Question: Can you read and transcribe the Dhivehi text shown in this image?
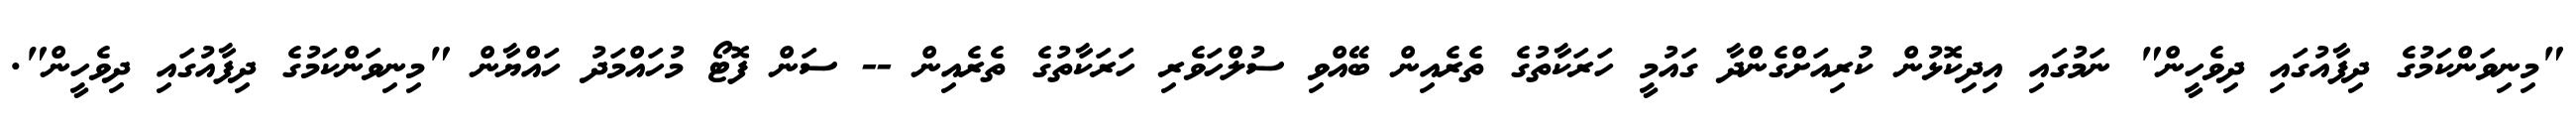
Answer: "މިނިވަންކަމުގެ ދިފާއުގައި ދިވެހީން" ނަމުގައި އިދިކޮޅުން ކުރިއަށްގެންދާ ގައުމީ ހަރަކާތުގެ ތެރެއިން ބޭއްވި ސުލްހަވެރި ހަރަކާތުގެ ތެރެއިން -- ސަން ފޮޓޯ މުހައްމަދު ހައްޔާން "މިނިވަންކަމުގެ ދިފާއުގައި ދިވެހީން".